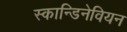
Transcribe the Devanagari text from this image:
स्कान्डिनेवियन